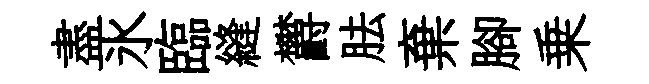
盡氷臨縫欝胠棄腳乗